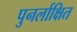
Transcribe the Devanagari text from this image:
पुनर्लाक्षित